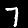
Label: 7